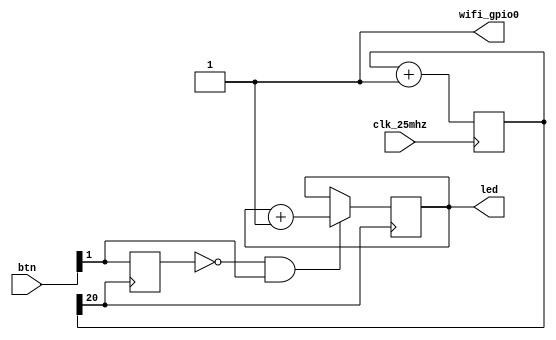
module top (
    input clk_25mhz,
    output [7:0] led,
    input [6:0] btn,
    output wifi_gpio0
);
    reg [7:0] cnt = 0;
    reg [23:0] clk_cnt = 0;
    reg prev_btn = 0;

    always @(posedge clk_25mhz) 
    begin
        clk_cnt <= clk_cnt + 1;
    end

    always @(posedge clk_cnt[20]) 
    begin
        prev_btn <= btn[1];
        if (prev_btn== 1'b0 && btn[1]==1'b1)
            cnt <= cnt + 1;
    end

    assign led = cnt;
    assign wifi_gpio0 = 1'b1;
endmodule